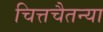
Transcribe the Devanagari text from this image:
चित्तचैतन्या